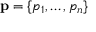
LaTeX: \mathbf { p } = \{ p _ { 1 } , \ldots , p _ { n } \}